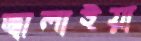
জ্বালাইয়া